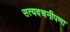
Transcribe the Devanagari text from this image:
सत्यवचनीपणा